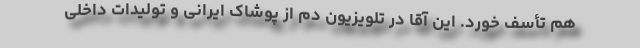
هم تأسف خورد. این آقا در تلویزیون دم از پوشاک ایرانی و تولیدات داخلی